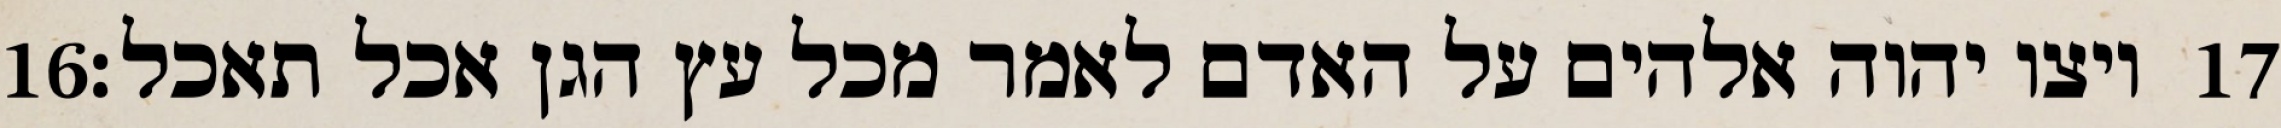
‎16‏ ויצו יהוה אלהים על האדם לאמר מכל עץ הגן אכל תאכל׃ ‎17‏